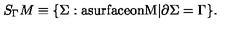
S _ { \Gamma } M \equiv \{ \Sigma : \mathrm { a s u r f a c e o n M } | \partial \Sigma = \Gamma \} .